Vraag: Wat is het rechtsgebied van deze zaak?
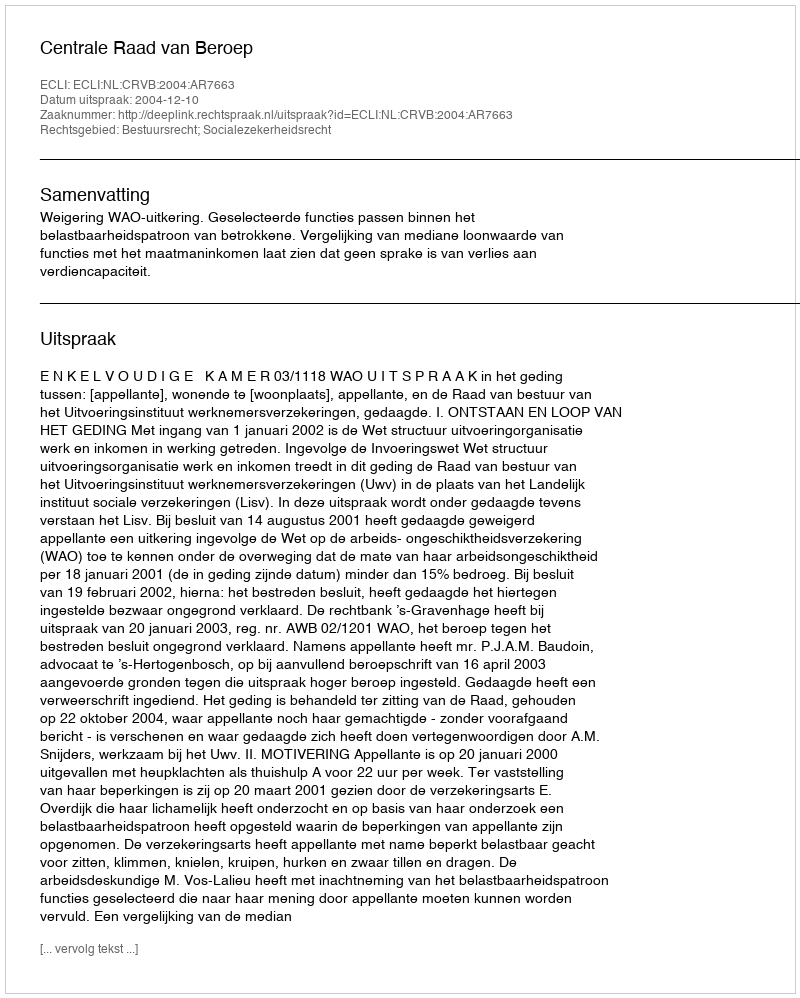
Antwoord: Bestuursrecht; Socialezekerheidsrecht